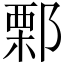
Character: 𨜼